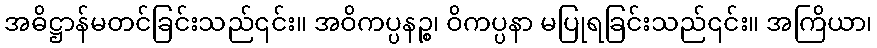
အဓိဋ္ဌာန်မတင်ခြင်းသည်၎င်း။ အဝိကပ္ပနဉ္စ၊ ဝိကပ္ပနာ မပြုရခြင်းသည်၎င်း။ အကြိယာ၊